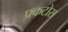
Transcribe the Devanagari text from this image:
फ्र्कटोस